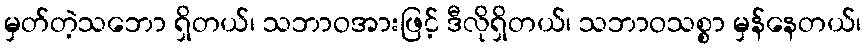
မှတ်တဲ့သဘော ရှိတယ်၊ သဘာဝအားဖြင့် ဒီလိုရှိတယ်၊ သဘာဝသစ္စာ မှန်နေတယ်၊